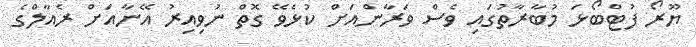
ޔޫރޯ ފުޓްބޯޅަ މުބާރާތުގައި ވެސް ވަރާންއަށް ކުޅެވޭ ގޮތް ނުވިއިރު އޭނާއަށް ރެއާލްގެ